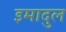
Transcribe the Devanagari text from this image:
इमादुल